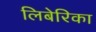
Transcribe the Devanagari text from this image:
लिबेरिका